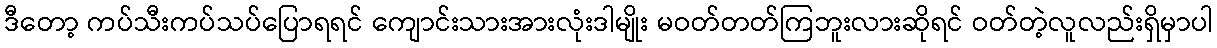
ဒီတော့ ကပ်သီးကပ်သပ်ပြောရရင် ကျောင်းသားအားလုံးဒါမျိုး မဝတ်တတ်ကြဘူးလားဆိုရင် ဝတ်တဲ့လူလည်းရှိမှာပါ